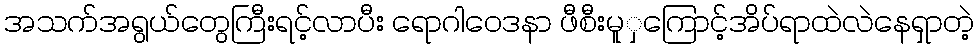
အသက်အရွယ်တွေကြီးရင့်လာပီး ရောဂါဝေဒနာ ဖီစီးမူှကြောင့်အိပ်ရာထဲလဲနေရှာတဲ့